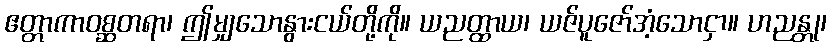
ဧတ္တာကာဝစ္ဆတရာ၊ ဤမျှသောနွားငယ်တို့ကို။ ယညတ္ထာယ၊ ယဇ်ပူဇော်အံ့သောငှာ။ ဟညန္တု၊